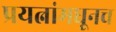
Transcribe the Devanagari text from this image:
प्रयत्नांमधूनच